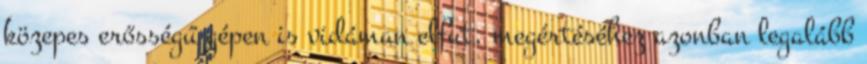
közepes erősségű gépen is vidáman elfut, megértéséhez azonban legalább